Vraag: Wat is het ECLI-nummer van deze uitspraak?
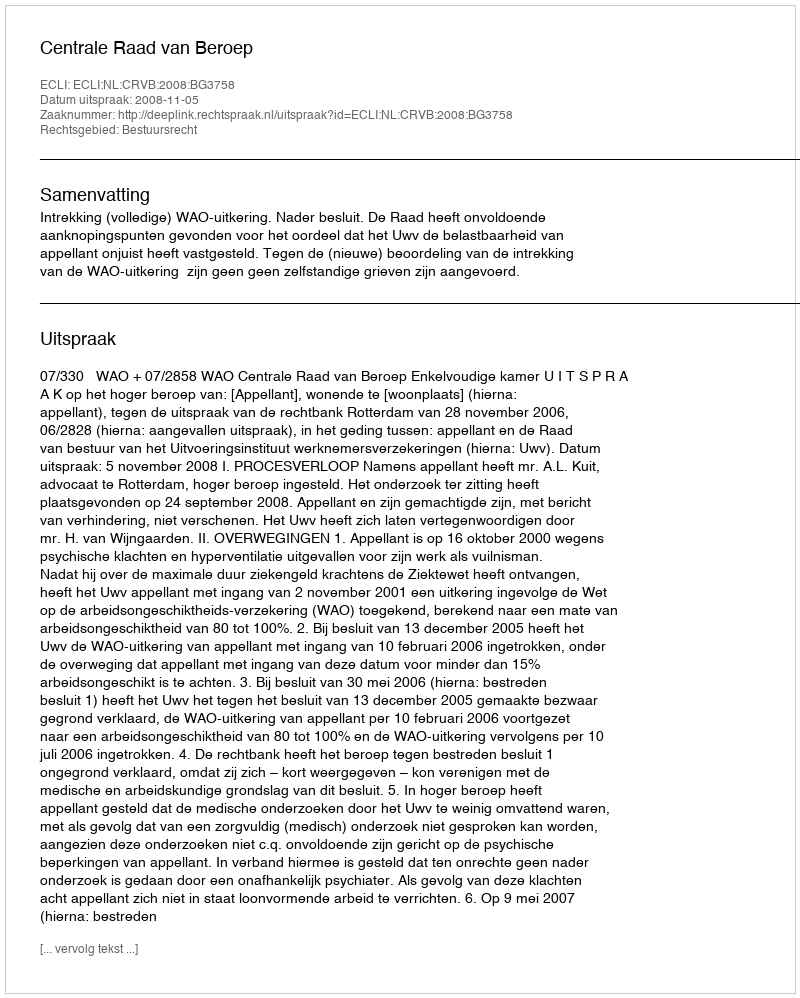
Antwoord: ECLI:NL:CRVB:2008:BG3758